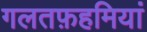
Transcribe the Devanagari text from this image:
गलतफ़हमियां